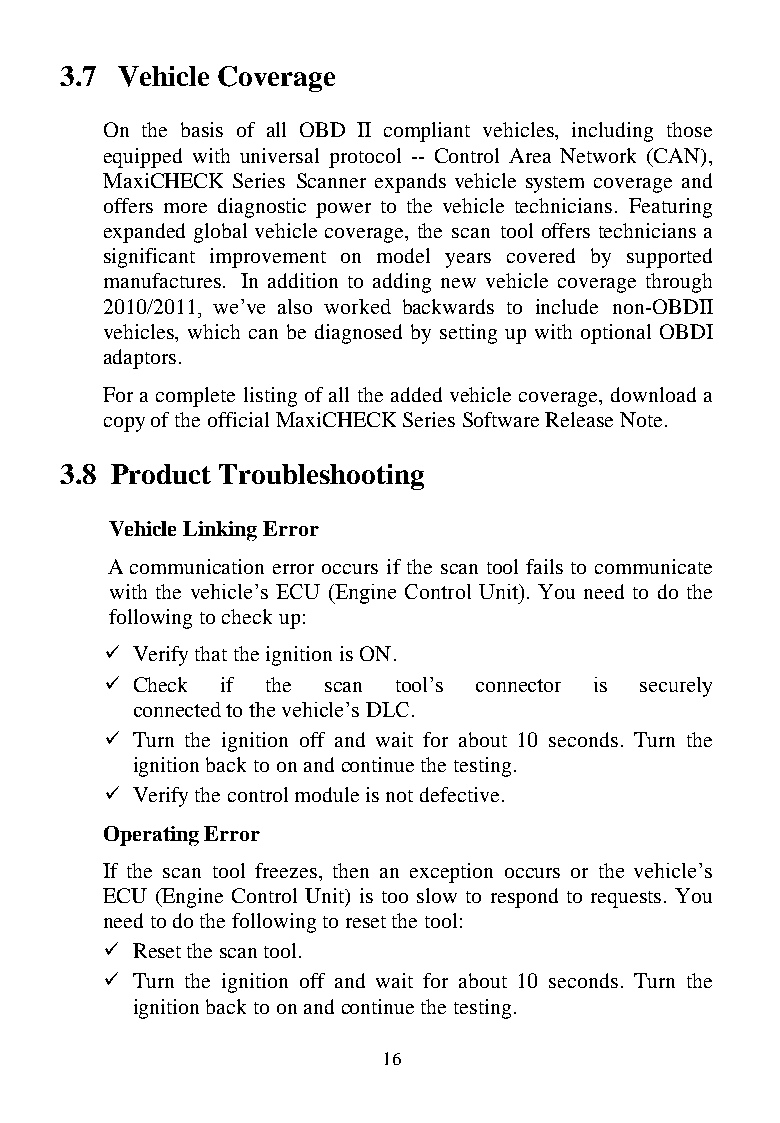
3.7 Vehicle Coverage
 On the basis of all OBD II compliant vehicles, including those
 equipped with universal protocol -- Control Area Network (CAN),
 MaxiCHECK Series Scanner expands vehicle system coverage and
 offers more diagnostic power to the vehicle technicians. Featuring
 expanded global vehicle coverage, the scan tool offers technicians a
 significant improvement on model years covered by supported
 manufactures. In addition to adding new vehicle coverage through
 2010/2011, we’ve also worked backwards to include non-OBDII
 vehicles, which can be diagnosed by setting up with optional OBDI
 adaptors.
 For a complete listing of all the added vehicle coverage, download a
 copy of the official MaxiCHECK Series Software Release Note.
 3.8 Product Troubleshooting
 Vehicle Linking Error
 A communication error occurs if the scan tool fails to communicate
 with the vehicle’s ECU (Engine Control Unit). You need to do the
 following to check up:
  Verify that the ignition is ON.
  Check if the scan tool’s connector is securely
 connected to the vehicle’s DLC.
  Turn the ignition off and wait for about 10 seconds. Turn the
 ignition back to on and continue the testing.
  Verify the control module is not defective.
 Operating Error
 If the scan tool freezes, then an exception occurs or the vehicle’s
 ECU (Engine Control Unit) is too slow to respond to requests. You
 need to do the following to reset the tool:
  Reset the scan tool.
  Turn the ignition off and wait for about 10 seconds. Turn the
 ignition back to on and continue the testing.
 16